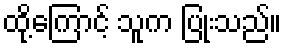
ထို့ကြောင့် သူက ပြုံးသည်။